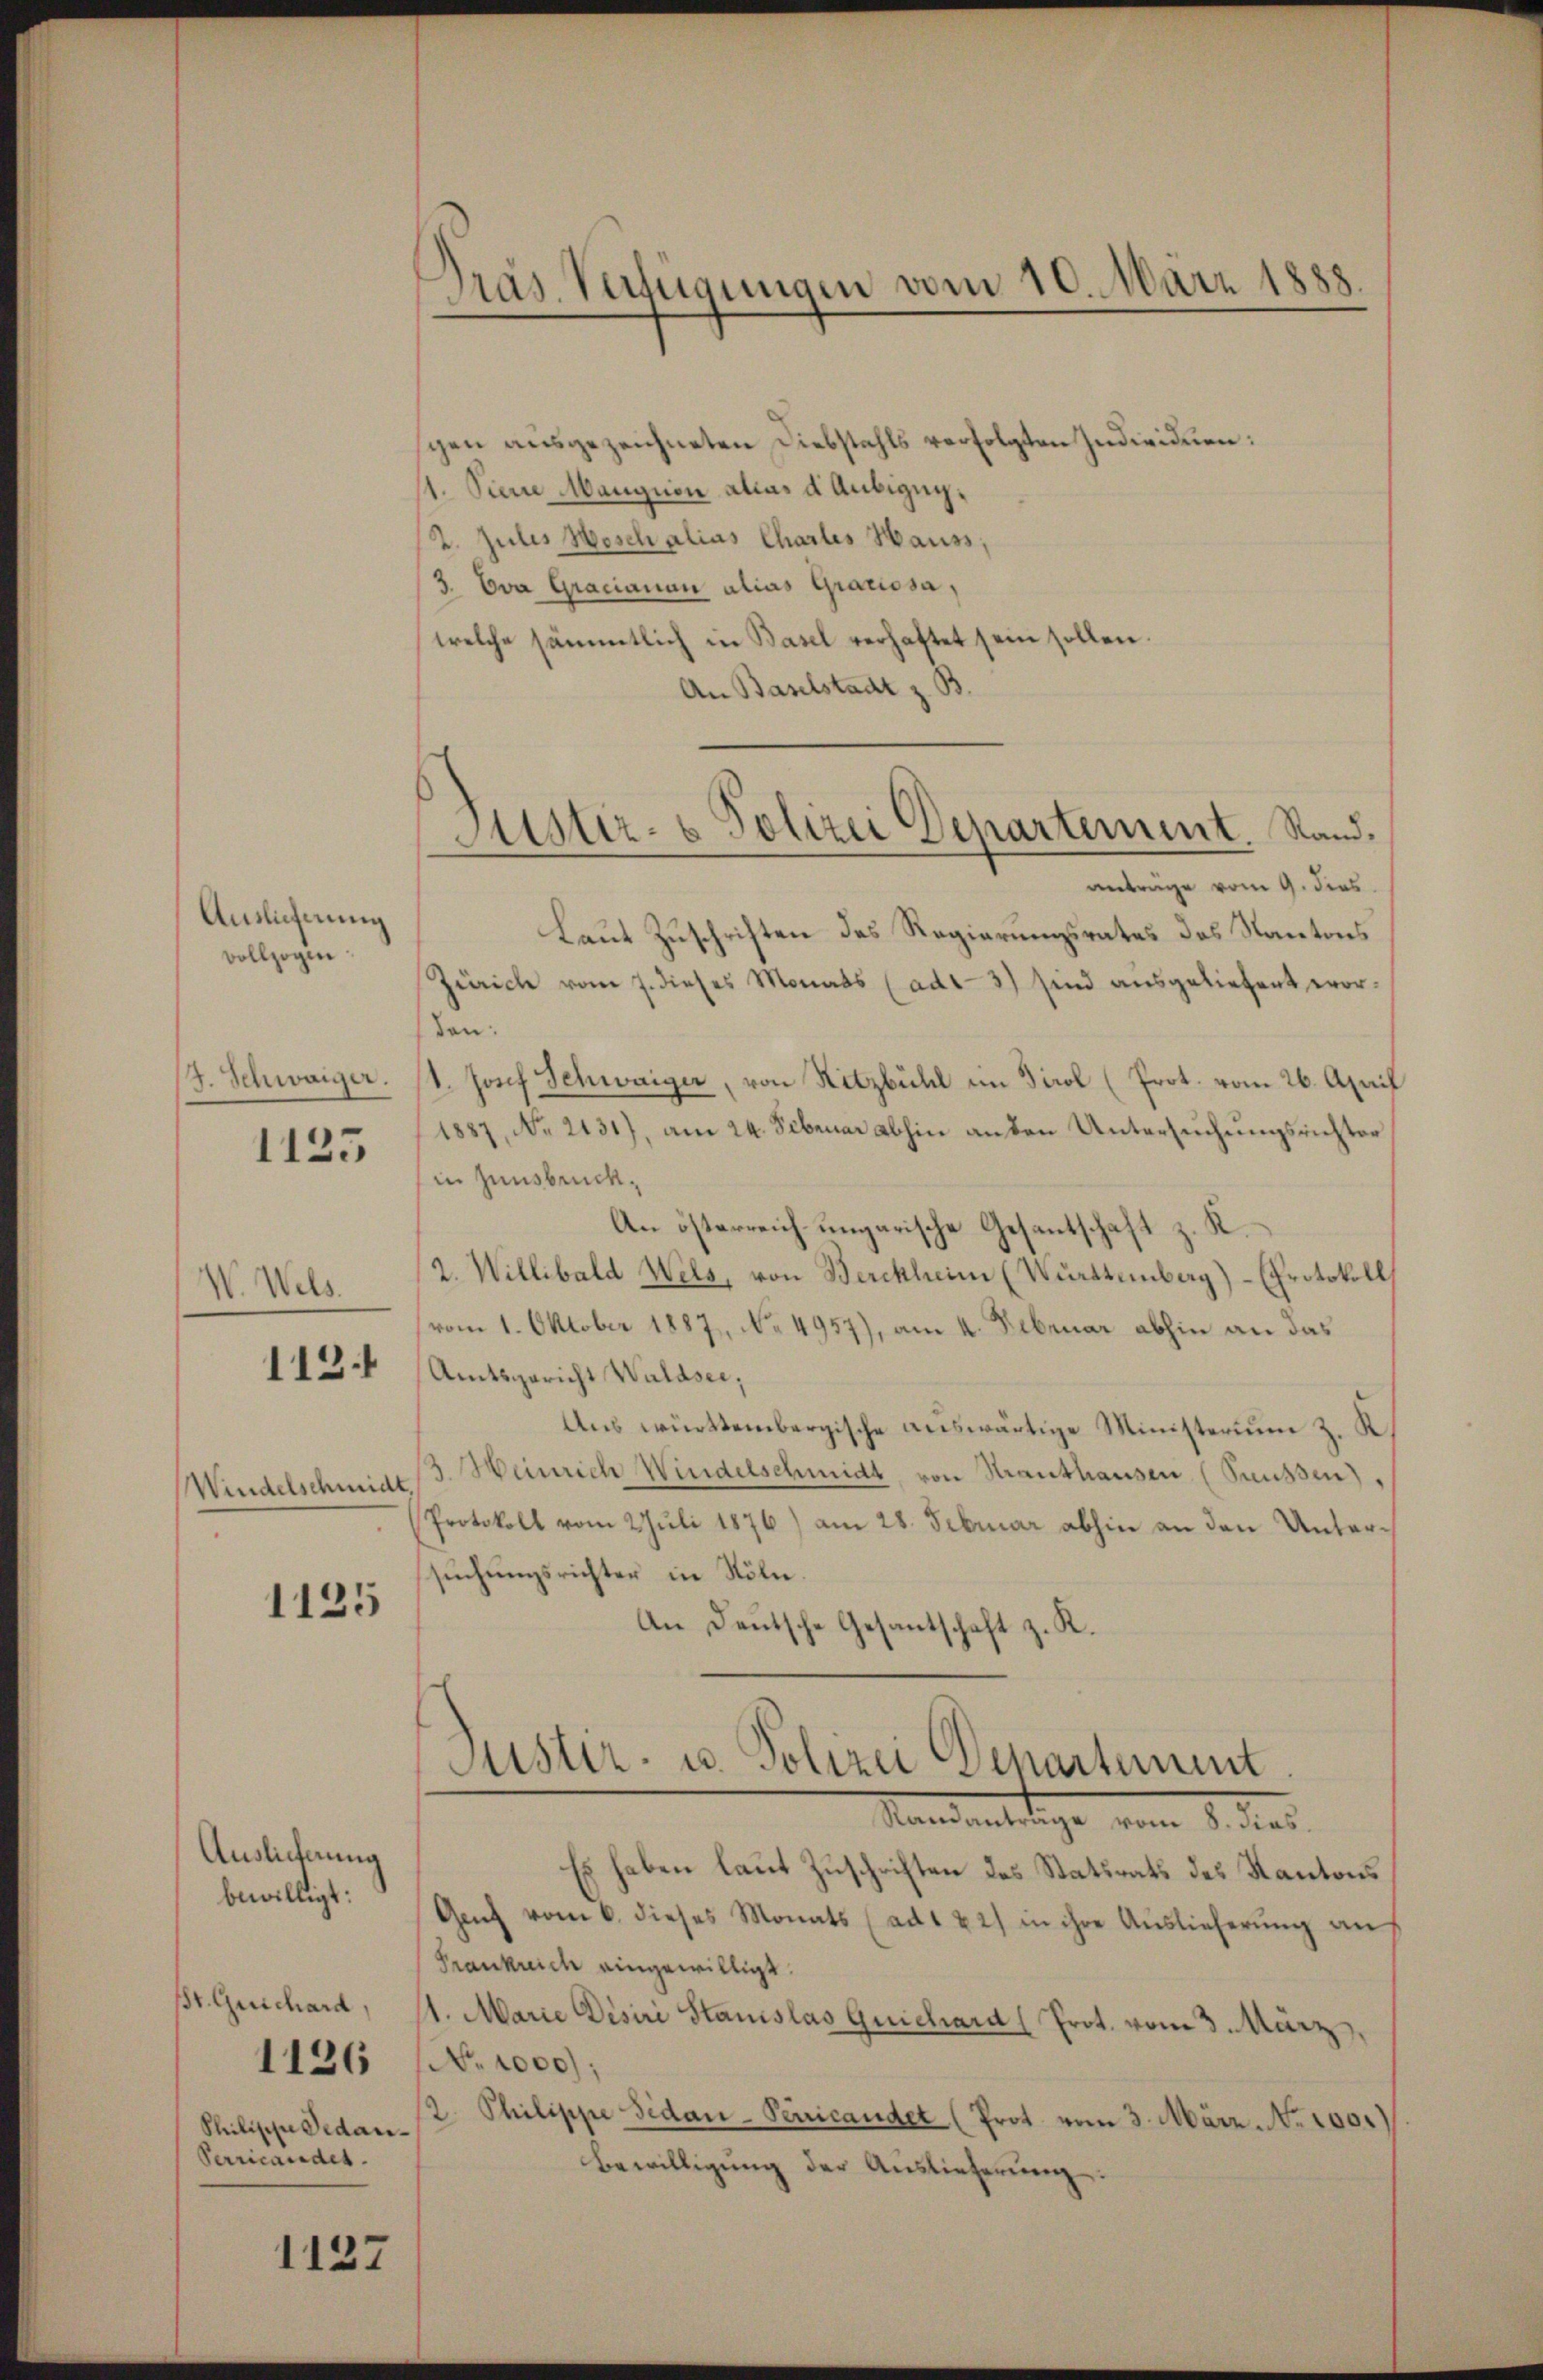
Auslieferung
vollzogen.

W. Wels.
112.

Windelschmid

1125

J. Schwaiger.
1125

Auslieferung
bewilligt:
Br. Guichard,
1126
Philipp Gedan
Verricandet.

1137

schen ausgezeichneten Diebstahls verfolgten Individuen:
11. Sinne Mangion allas d Anbigug.
2. Julis Wosch alias Chartes Hauss,
3. Eva Gracianau alias Graciosa,
welche sämmtlich in Basel verhaftet sein sollen.
An Baselstadt z. B.

Präs. Verfügungen vom 10. März 1888.

Mitstiz- & Polizei Departement. Stand.

antrage vom 9. Fens
Laut Zuschriften des Regierungsrates des Kantons
Zürich vom 7. dieses Monats (adt- 3) sind ausgeliefert worden:
1. Josef Schwaiger, von Ritzbühl im Tirol (Prot. vom 26. April
1887, No 2131), am 24. Februar abhin an den Untersuchungsrichter
in Innsbruck,
An österreich ungarische Gesantschaft z. K.
2. Willibald Wels, von Berchheim (Württemberg)- (Protokoll
(vom 1. Oktober 1887, No 4957), am 4. Februar abhin an das
Amtsgericht Waldsei;
Aus württembergische auswärtige Ministerium z. K.
3. Heinrich Windelschmidt von Strauthausen (Saussen),
Protokoll vom 2 Juli 1876) am 28. Februar abhin an den Untersuchungsrichter in Köln.
An Deutsche Gesantschaft z. R.
Puster- u. Polizei Departement
Mandantelige vom 9. der
Es haben laut Zuschriften des Statsrats des Kantons
Genf vom 6. dieses Monats (ad1 & 2) in ihre Aŭslieferŭng aus
Frankreich eingewilligt.
11. Marie Disiri Stanislas Quichard (Prot. vom 3. März,
No 1000);
2. Philippe sidan-Penicandet (Prot. vom 3. März. No 100.)
Bewilligung der Auslieferung